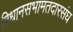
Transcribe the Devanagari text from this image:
विधानसभामतदारसंघ